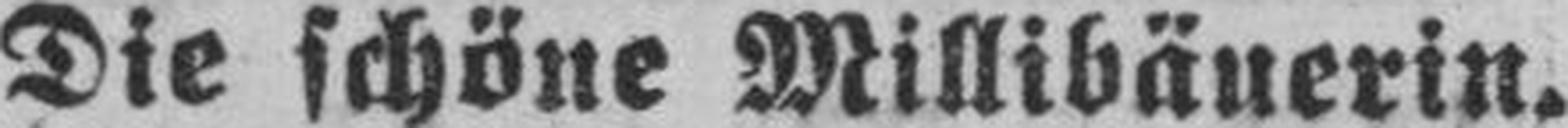
Die schöne Millibäuerin.